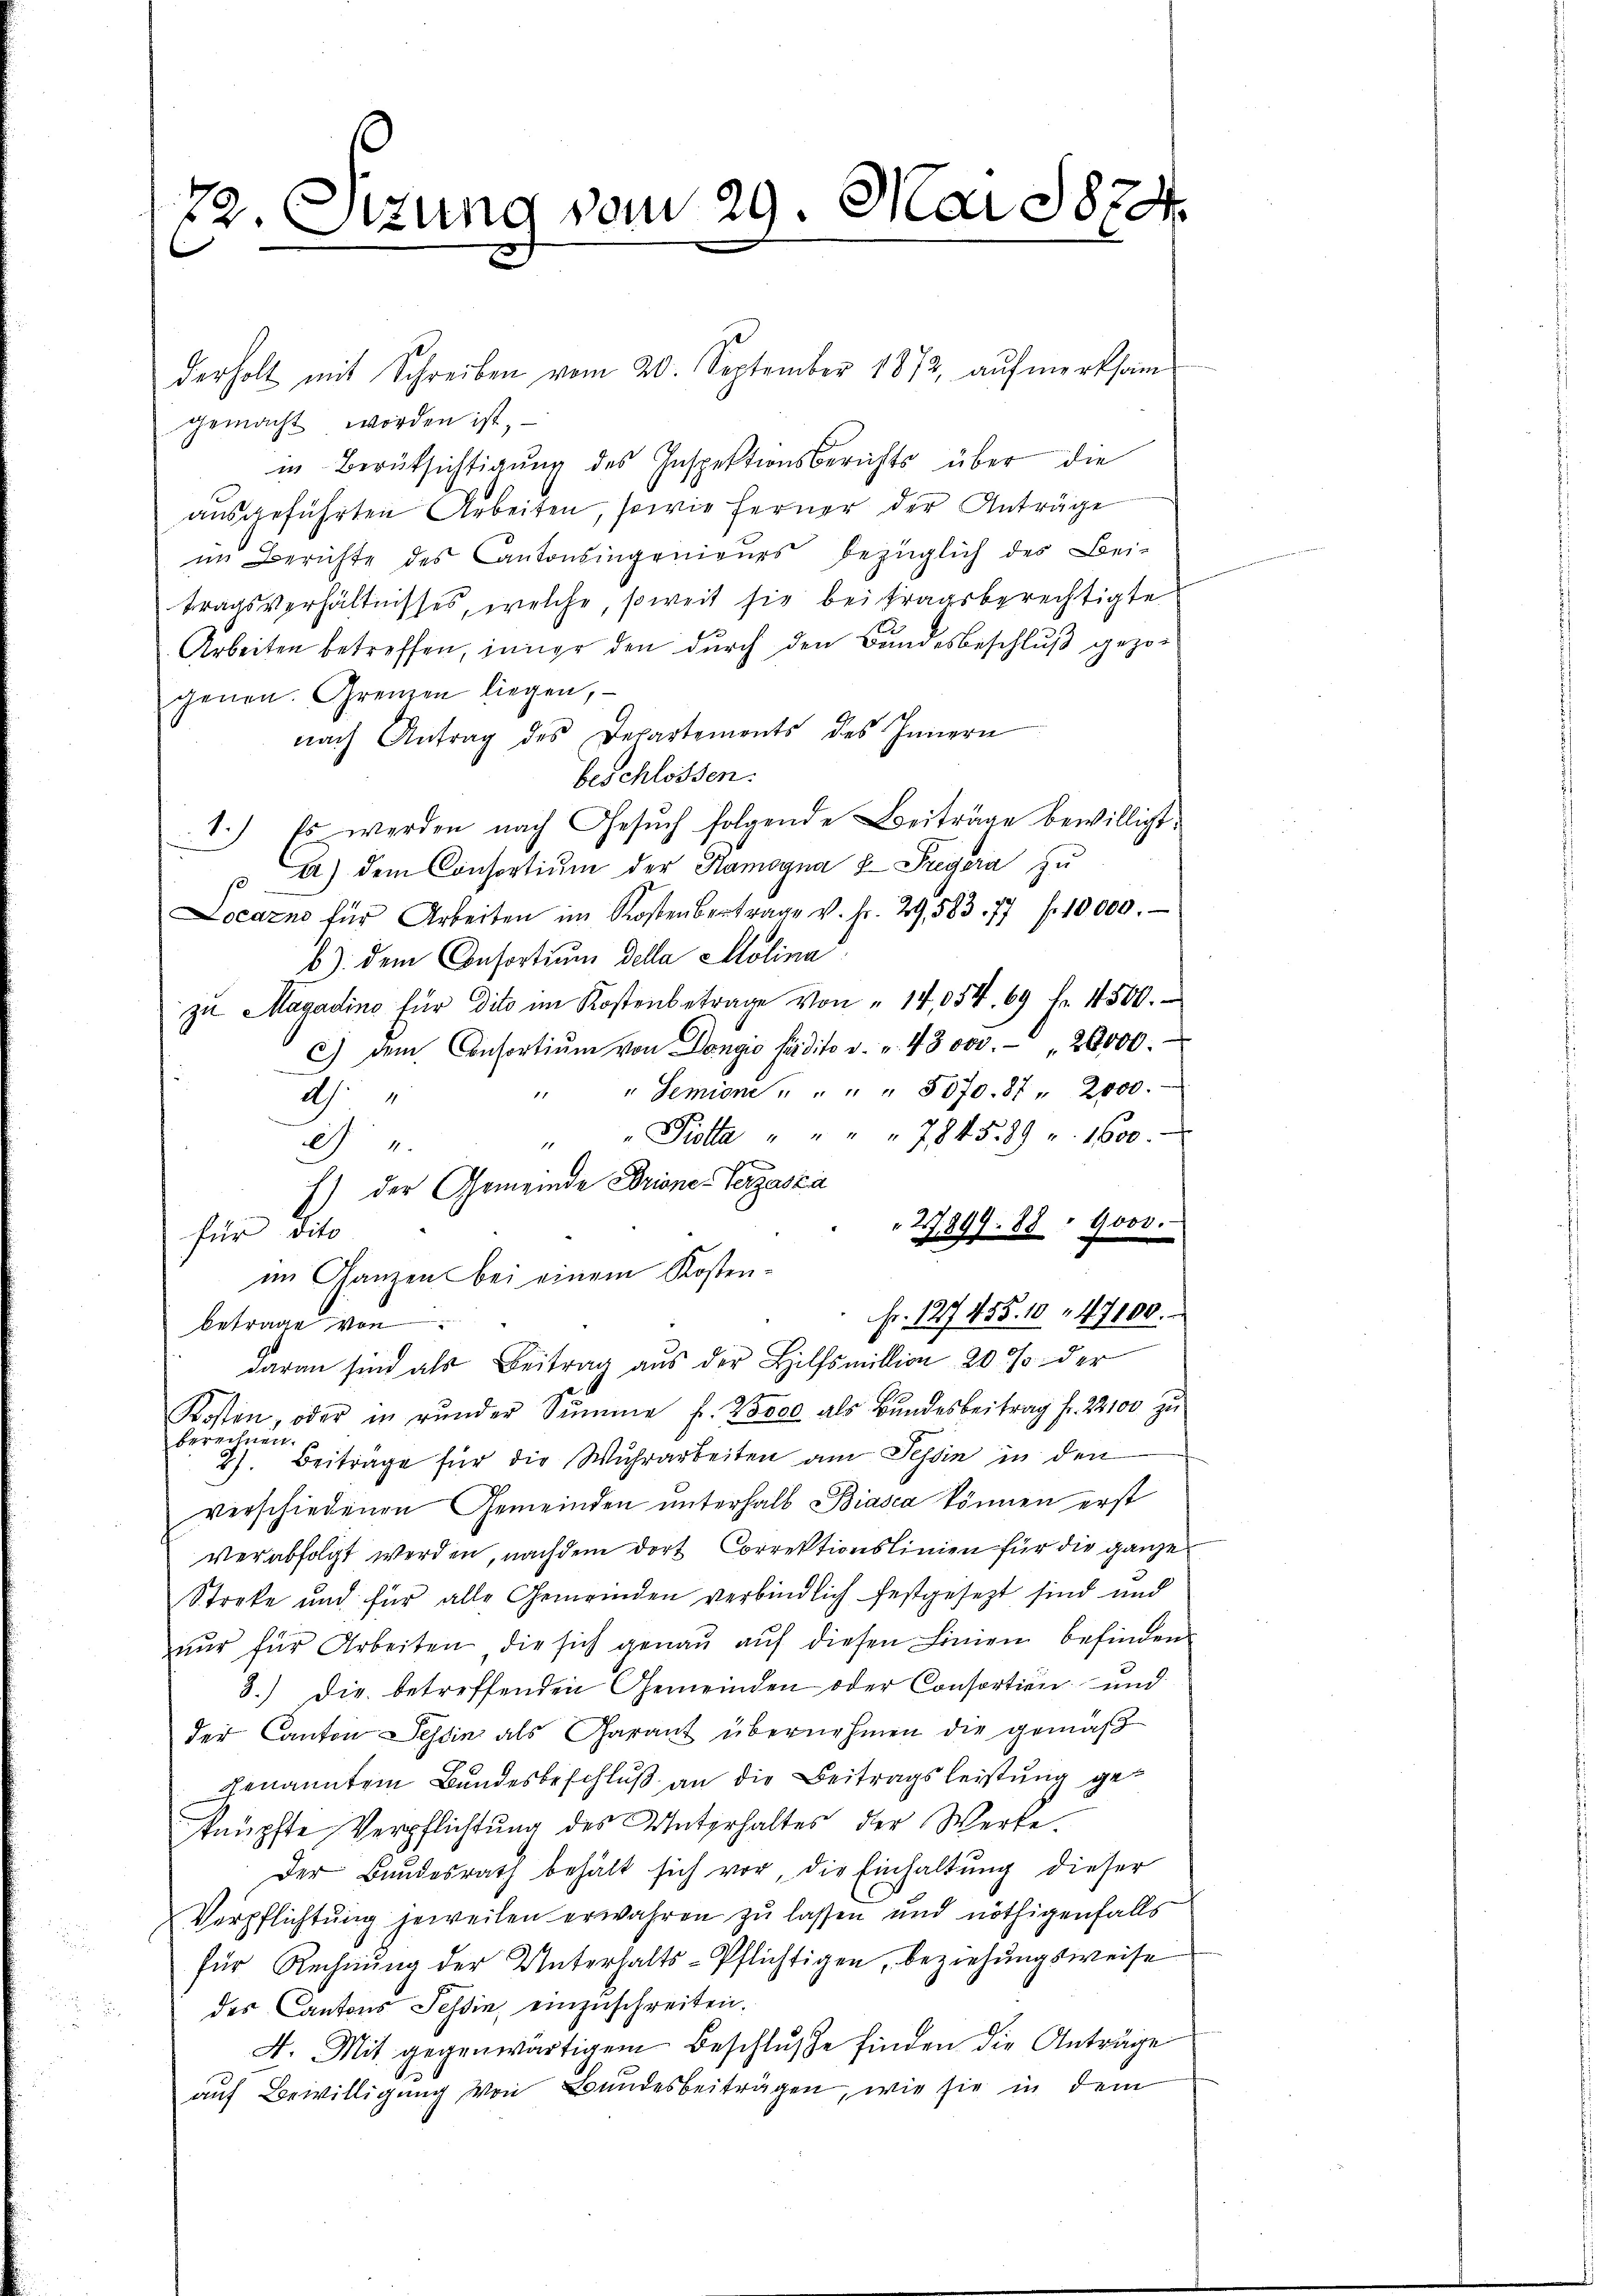
22. Sitzung vom 29. Mai 1874

derholt mit Schreiben vom 20. September 1872, aŭfmerksam
gemacht worden ist,
in Berüksichtigung des Inspektionsberichts über die
ausgeführten Arbeiten, sowie ferner der Anträge
im Berichte des Cantonsingenieurs bezüglich des Bei-
tragsverhältnisses, welche, soweit sie bei fragsberechtigte
Arbeiten betreffen, inner den durch den Bundesbeschluß gezogenen. Grenzen liegen,
nach Antrag des Departements des Innern
beschlossen:
1.) Es werden nach Gesuch folgende Beiträge bewilligt.
A) dem Consortiŭm der Kamogna 8 Pregera zu
Locarno für Arbeiten im Kostenbertrage v. Fr. 29. 583. 77 f. 10000.
b) dem Consortium della Solina
zu Magadino für dito im Kostenbetrage von " 14,054. 69 f. 11500.
c) dem Consortiŭm von Dongio fädito v. u. 43000.- " 20000.
" " Semine " " " " 5070. 87 " 2000.
Ah.
" " Piotta " " " " 784589 v. 1600.

E) der Gemeinde Briner Verzaska
27899. 88 " 9000.
für dito
im Ganzen bei einem Kosten¬
Fr. 127455. 10. 47100.
betrage von
daran sind als Beitrag aus der Hilfsmillion 20 % der
Kosten, oder in rŭnder Summe f. 2000 als Bŭndesbeitrag fr. 22100 zŭ
berechnen.
2). Beiträge für die Wuhrarbeiten am Tessin in den
verschiedenen Gemeinden unterhalb Biasca können erst
verabfolgt werden, nachdem dort Correktionslinien für die ganze
Streke und für alle Gemeinden verbindlich festgesezt sind und
nŭr für Arbeiten die sich genaŭ aŭf diesen Linien befinden
3.) Die betreffenden Gemeinden oder Consortion und
der Canton Tessin als Garant übernehmen die gemäß
genanntem Bundesbeschluß an die Beitragsleistung geknüpfte Verpflichtŭng des Unterhaltes der Werke.
Der Bundesrath behält sich vor, die Einhaltŭng dieser
Verpflichtung jeweilen erwahren zu lassen und nöthigenfalls
für Rechnung der Unterhalts-Pflichtigen, beziehungsweise
des Cantons Tessin, einzuschreiten.
A. Mit gegenwärtigem Beschlŭsse finden die Anträge
auf Bewilligung von Bundesbeiträgen, wie sie in dem